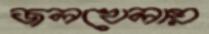
জলখেলায়